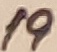
Text: 19